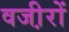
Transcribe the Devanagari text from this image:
वजी़रों